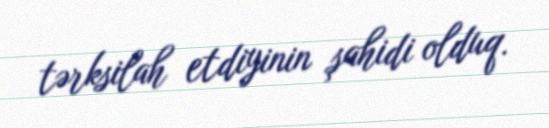
tərksilah etdiyinin şahidi olduq.